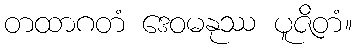
တထာဂတံ ဒေဝမနုဿ ပူဇိတံ။